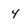
Character: 4